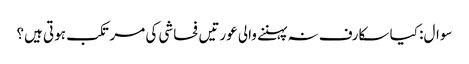
سوال: کیا سکارف نہ پہننے والی عورتیں فحاشی کی مرتکب ہوتی ہیں؟